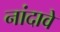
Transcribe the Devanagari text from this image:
नांदावे